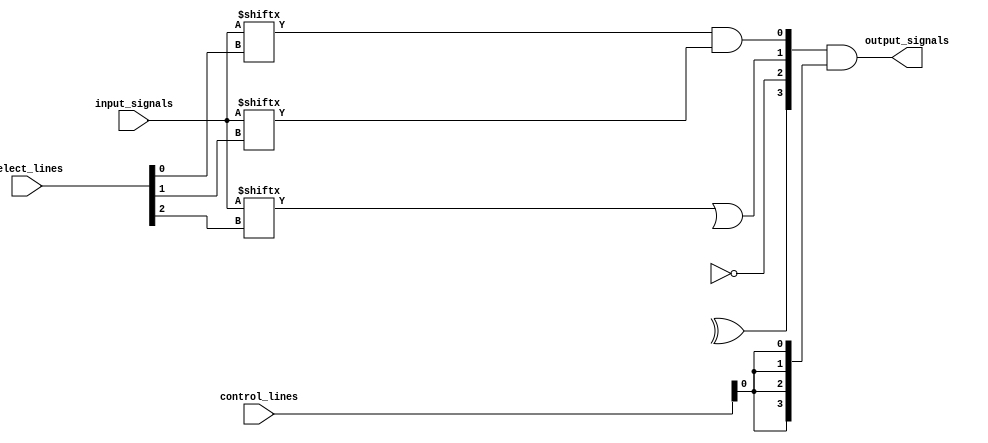
module combinational_logic_block (
    input wire [N-1:0] input_signals, // Input signals (N input signals)
    input wire [M-1:0] select_lines,   // Input select lines for multiplexers
    input wire [P-1:0] control_lines,   // Control lines for configuration
    output wire [K-1:0] output_signals  // Output signals (K output signals)
);
    // Parameter Definitions
    parameter N = 8; // Number of input signals
    parameter M = 3; // Number of select lines (for multiplexers)
    parameter P = 4; // Number of control lines
    parameter K = 4; // Number of output signals

    // Intermediate signals for logic gates
    wire [K-1:0] logic_outputs;
    wire [N-1:0] selected_inputs;

    // Multiplexers to select input signals based on select lines
    generate
        genvar i;
        for (i = 0; i < K; i = i + 1) begin: input_mux
            // Simple multiplexer logic to select inputs for each output logic
            assign selected_inputs[i] = input_signals[select_lines[i]];
        end
    endgenerate

    // Logic Gates (AND, OR, NOT, etc.)
    // Example logic configurations for outputs
    assign logic_outputs[0] = selected_inputs[0] & selected_inputs[1]; // AND operation
    assign logic_outputs[1] = selected_inputs[2] | selected_inputs[3]; // OR operation
    assign logic_outputs[2] = ~selected_inputs[4];                       // NOT operation
    assign logic_outputs[3] = selected_inputs[5] ^ selected_inputs[6]; // XOR operation

    // Programmable Interconnect (simple assignment for this example)
    assign output_signals = logic_outputs & {K{control_lines[0]}}; // Example control logic

    // Feedback Paths (optional, can be implemented based on user needs)
    // For example, if we had feedback based on the first output
    // wire feedback_signal = logic_outputs[0]; // Assuming feedback is derived from output 0

    // Static Timing Analysis Features (not implemented in this example)
    // Add buffers or delays as needed for timing analysis

    // Power Management (not implemented in this example)
    // Add power management features as necessary

    // Testing and Diagnostics (not implemented in this example)
    // Add test points and diagnostics here

endmodule